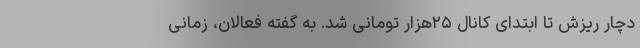
دچار ریزش تا ابتدای کانال ۲۵هزار تومانی شد. به گفته فعالان، زمانی